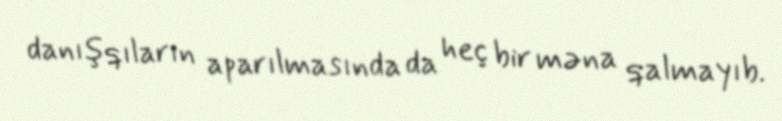
danışqıların aparılmasında da heç bir məna qalmayıb.